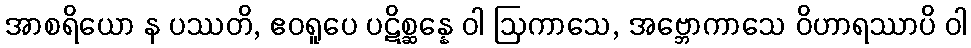
အာစရိယော န ပဿတိ, ဧဝရူပေ ပဋိစ္ဆန္နေ ဝါ ဩကာသေ, အဗ္ဘောကာသေ ဝိဟာရဿာပိ ဝါ